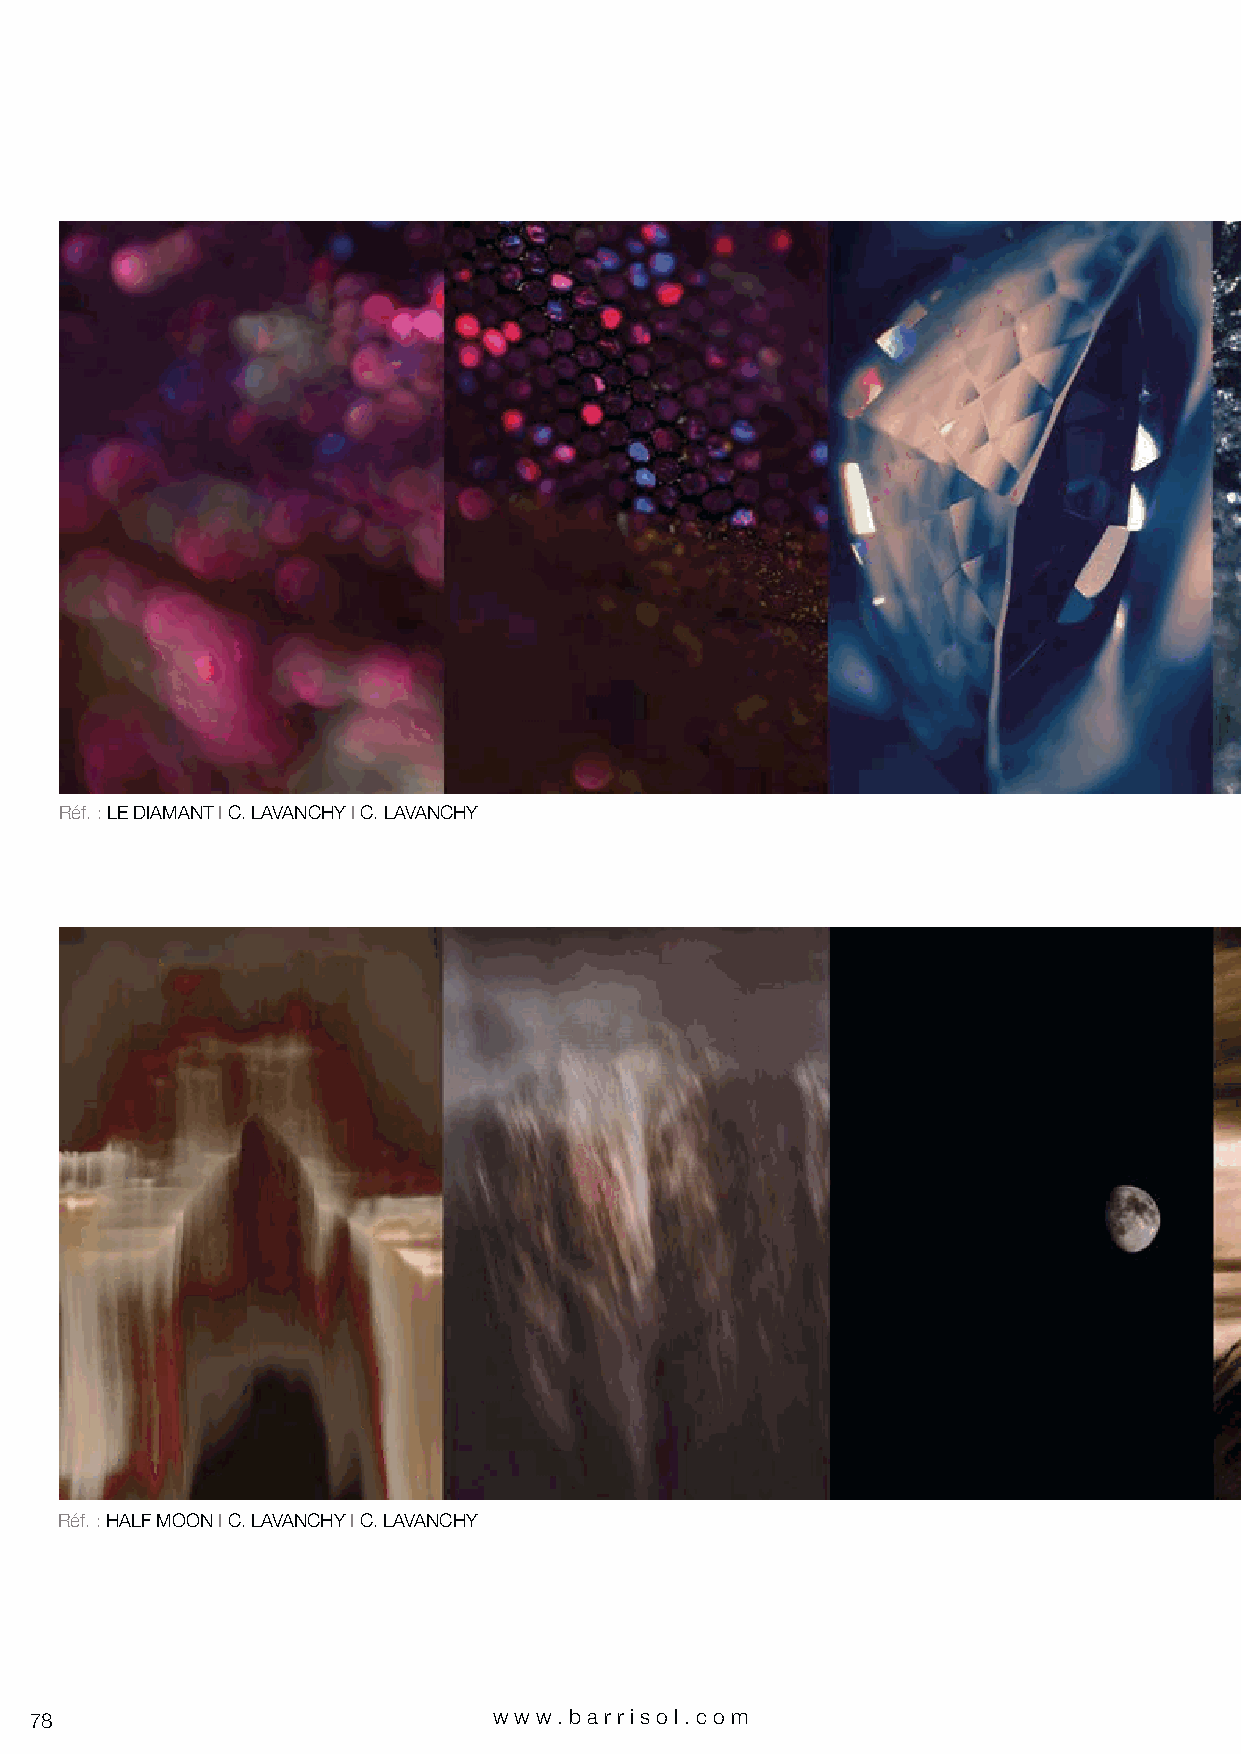
Réf. : LE DIAMANT I C. LAVANCHY I C. LAVANCHY
 Réf. : HALF MOON I C. LAVANCHY I C. LAVANCHY
 78                             www.bar riso l. com